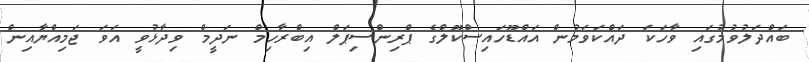
ބައްދަލުވުމުގައި ވާހަކަ ދައްކަވަމުން އައްޑޫހައިސްކޫލްގެ ޕްރިންސިޕަލް އިބްރާހިމް ނަދީމް ވިދާޅުވީ އަވަ ޖަމިއްޔާއިން